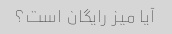
آیا میز رایگان است؟